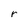
Character: r